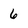
Character: 6